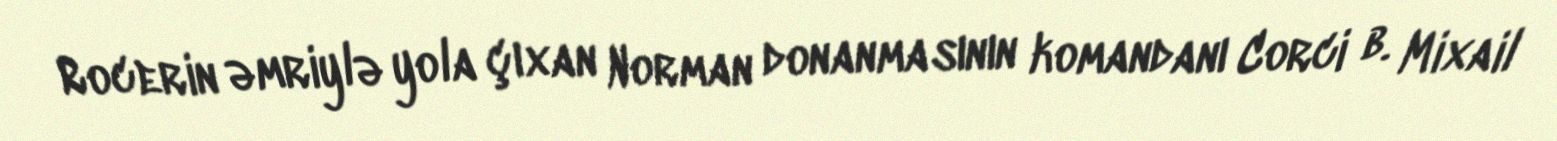
Rocerin əmriylə yola çıxan Norman donanmasının komandanı Corci b. Mixail